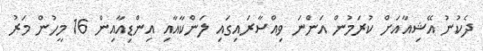
ދެކުނު އޭޝިއާއަށް ކުރަމުން އަންނަ ވިއްސާރައިގައި ލަންކާއާއި އިންޑިއާއިން 16 މީހުން މަރު